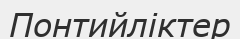
Понтийліктер